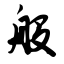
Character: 般